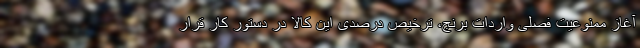
آغاز ممنوعیت فصلی واردات برنج، ترخیص درصدی این کالا در دستور کار قرار